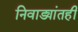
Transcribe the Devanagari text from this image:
निवाड्यांतही